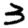
Digit: 3